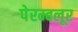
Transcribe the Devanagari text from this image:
पेरम्बलूर